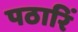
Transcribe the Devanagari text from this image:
पठारिं